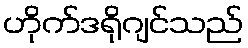
ဟိုက်ဒရိုဂျင်သည်